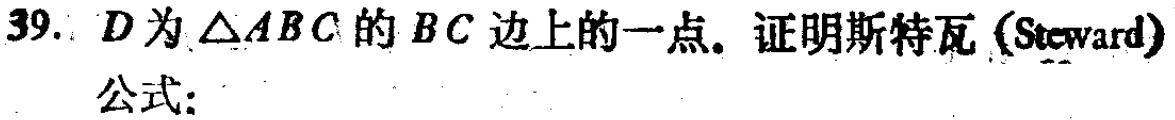
39. \(D\)为\(\triangle ABC\)的\(BC\)边上的一点。证明斯特瓦（Steward）公式：